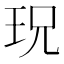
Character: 𱮸